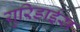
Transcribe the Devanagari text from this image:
युरिडाईस